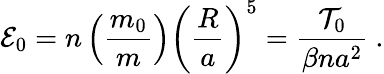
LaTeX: {\cal E}_{0}=n\left(\frac{m_{0}}{m}\right)\left(\frac{R}{a}\right)^{5}=\frac{{\cal T}_{0}}{\beta na^{2}}\ .